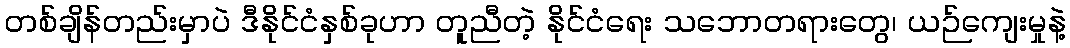
တစ်ချိန်တည်းမှာပဲ ဒီနိုင်ငံနှစ်ခုဟာ တူညီတဲ့ နိုင်ငံရေး သဘောတရားတွေ၊ ယဉ်ကျေးမှုနဲ့